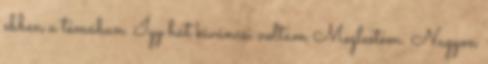
ebben a témában. Így hát kíváncsi voltam Meglestem. Nagyon